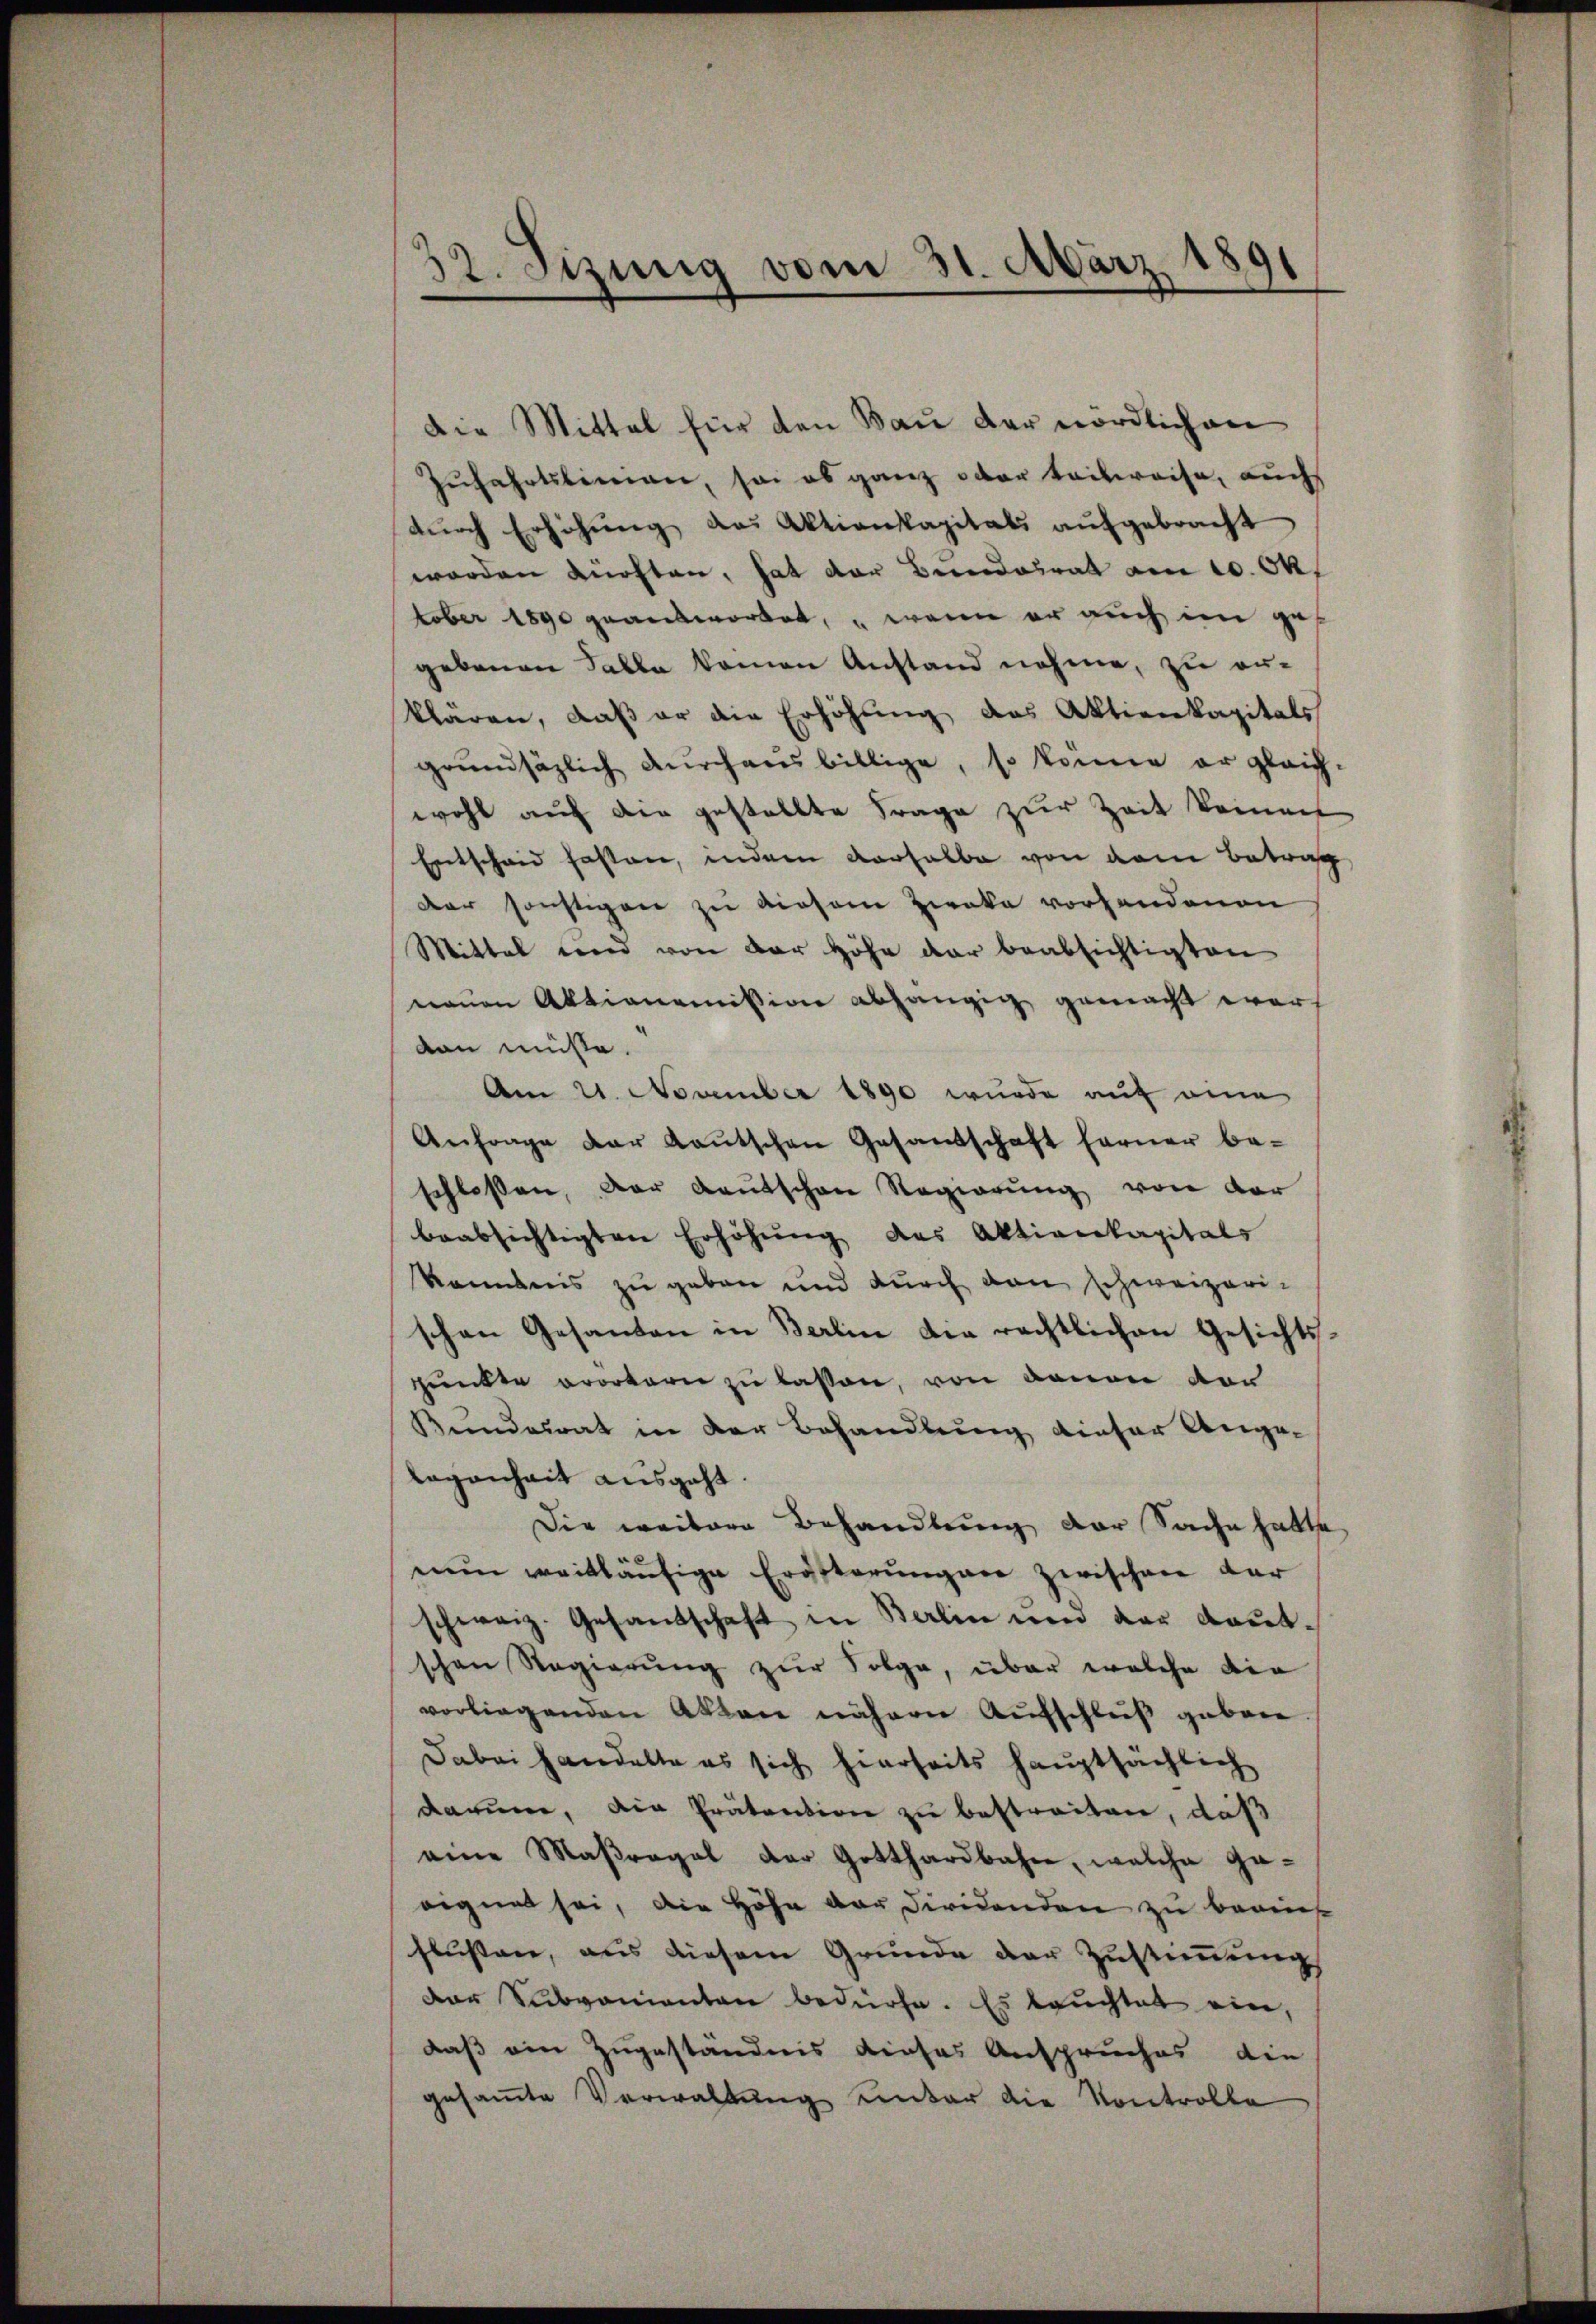
32. Fizung vom 31. März 1891

Die Mittel für den Bau der nördlichen
Zufahrtslimen, sei es ganz oder teilweise, auch
dŭrch Erhöhŭng des Aktienkapitals aŭfgebracht
worden künften, hat der Beendesrat am 10. Ok
tober 1890 grantwortet, wenn er auch im gegebenen Falle kamen Anstand nahme, zu erklären, daβ er die Erhöhŭng des Aktienkapitals
grundsäzlich durchausbillige, so könne er gleich-
wohl auf die gestellte Frage zur Zeit keinen
Entscheid fasten, indem verhalbe von dem Betrag
der sonstigen zu diesem Zwecke vorhandenen
Mittel und von der Höhe dar beabsichtigten
neuen Aktionomission abhängig gemacht werdan müsse.
Am 21. November 1890 wurde auf eine
Anfrage der Kaŭtschen Gesandschaft ferner be-
schlossen, der Kautschen Regierŭng von der
beabsichtigten Erhöhung des Aktienkapitals
komnis zu geben und durch den schweizerischen Gesanten in Berlin die rechtlichen Gesichts-
punkte orortern zu lassen, von denen von
Bundesrat in der Behandlung dieser Angelegenheit ausgeht.
Die weitere Behandlung der Sache hatte
nŭn weitläufige Erösterŭngen zwischen dar
schweiz. Gesandschaft in Berlin und der Kautschen Regierŭng zŭr Folge, über welche die
vorliegenden Akten nähern Aufschluß gebene
Dabei handelte es sich hierseits hauptsächlich
darum, die Prätention zu bestreiten, daß
eine Maßregel der Gotthardbahn, welche ge-
eignet sei, die Höhe der Firidenden zu berinf
flussen, aus diesem Grŭnde der Zŭstiṁŭng
der Subvenianten bedürfe. Es tauchtet ein,
daß ein Zugeständnis dieses Anspruches die
gesamte Verwaltung unter die Kontrolle